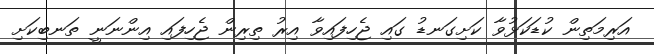
އަރިމަތިން ކުޑަކަޅުވާ ކަށިގަނޑު ގައި ޖެހިފައިވާ އިރު ތިރިން ޖެހިފައި އިންނަނީ ތަނބިކަށި